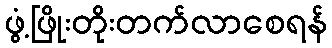
ဖွံ့ဖြိုးတိုးတက်လာစေရန်